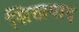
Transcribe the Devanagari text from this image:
सिखवाद